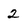
Character: 2